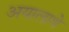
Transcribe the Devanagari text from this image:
अयालाथे